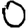
Digit: 0